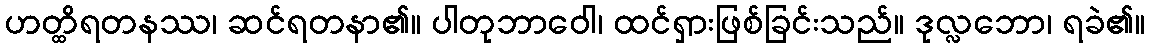
ဟတ္ထိရတနဿ၊ ဆင်ရတနာ၏။ ပါတုဘာဝေါ၊ ထင်ရှားဖြစ်ခြင်းသည်။ ဒုလ္လဘော၊ ရခဲ၏။